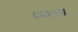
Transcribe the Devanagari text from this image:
८६११अ